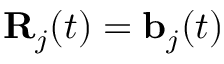
{ \bf R } _ { j } ( t ) = { \bf b } _ { j } ( t )